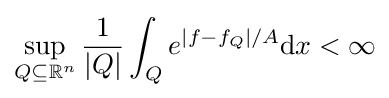
\sup _{Q\subseteq \mathbb {R} ^{n}}{\frac {1}{|Q|}}\int _{Q}e^{\left|f-f_{Q}\right|/A}\mathrm {d} x<\infty